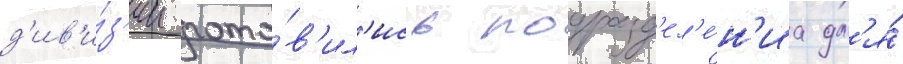
д'ив'и́з'ии гото́в'ил'ись подразд'ел'е́н'иа дл'я́